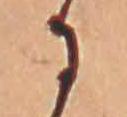
に